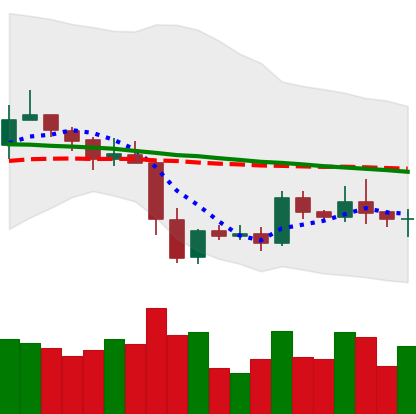
Ticker: XRP-USD
Chart end date: 2019-05-06
Forward return: 7.326%
Label: up_7plus